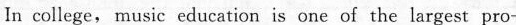
In college, music education is one of the largest pro-